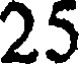
25